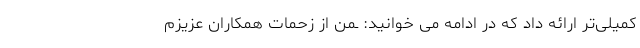
کمیلی‌تر ارائه داد که در ادامه می خوانید: ـمن از زحمات همکاران عزیزم